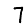
Digit: 7